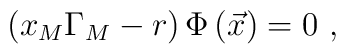
\left( x_{M}\Gamma _{M}-r\right) \Phi \left( \vec{x}\right) =0\ ,